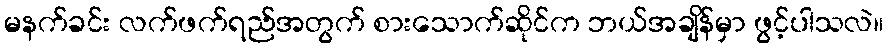
မနက်ခင်း လက်ဖက်ရည်အတွက် စားသောက်ဆိုင်က ဘယ်အချိန်မှာ ဖွင့်ပါသလဲ။